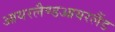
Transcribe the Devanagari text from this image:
आयरलैण्डआयरलैंड